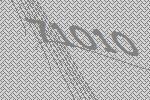
71010